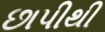
છાપીથી